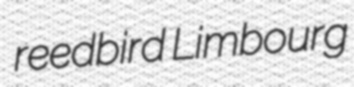
reedbird Limbourg